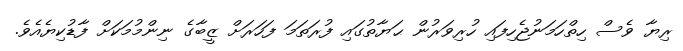
ރިޔާ ވެސް ހިތްހަމަނުޖެހިފައި ހުރިވަރުން ޙަޔާތުގައި ފުރަތަމަ ފަހަރަށް ޒީބާގެ ނިންމުމަކަށް ފާޑުކިޔެއެވެ.